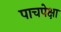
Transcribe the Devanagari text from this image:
पाचपेक्षा